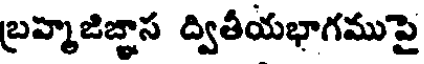
బ్రహ్మజిజ్ఞాస ద్వితీయభాగముపై